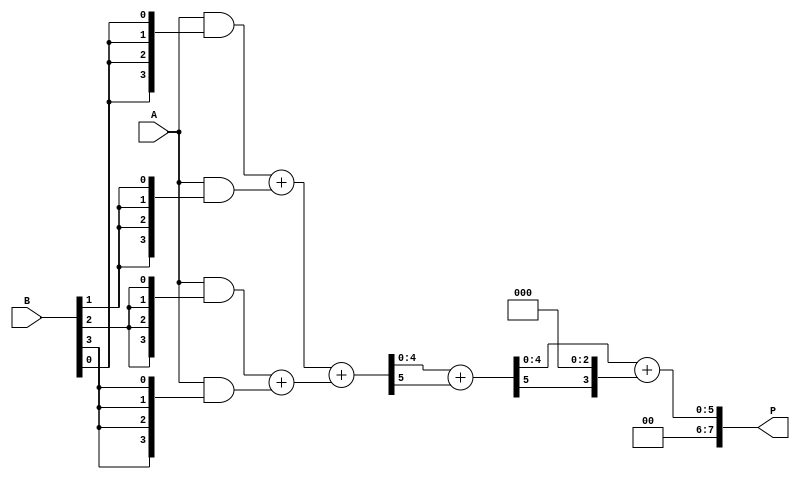
module WallaceTreeMultiplier (
    input [3:0] A,   // 4-bit input A
    input [3:0] B,   // 4-bit input B
    output [7:0] P   // 8-bit output product P
);

    // Partial Product Generation
    wire [3:0] pp[3:0]; // Partial products
    assign pp[0] = A & {4{B[0]}};
    assign pp[1] = A & {4{B[1]}};
    assign pp[2] = A & {4{B[2]}};
    assign pp[3] = A & {4{B[3]}};

    // Reduction Stage (Wallace Tree Structure)
    wire [4:0] sum[2:0]; // Sums
    wire [4:0] carry[2:0]; // Carries

    // First Level CSA
    wire [4:0] p0 = {1'b0, pp[0]} + {1'b0, pp[1]};
    wire [4:0] p1 = {1'b0, pp[2]} + {1'b0, pp[3]};

    // Second Level CSA
    assign {carry[0], sum[0]} = p0 + p1;

    // Final Addition
    assign {carry[1], sum[1]} = {1'b0, sum[0]} + {1'b0, carry[0]};

    // Final product output
    assign P = sum[1] + {carry[1], 3'b000};

endmodule